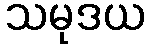
သမုဒယ